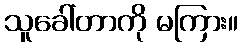
သူခေါ်တာကို မကြား။